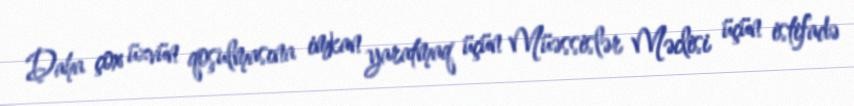
Daha çox üzvün qoşulmasına imkan yaratmaq üçün Müəssislər Məclisi üçün istifadə